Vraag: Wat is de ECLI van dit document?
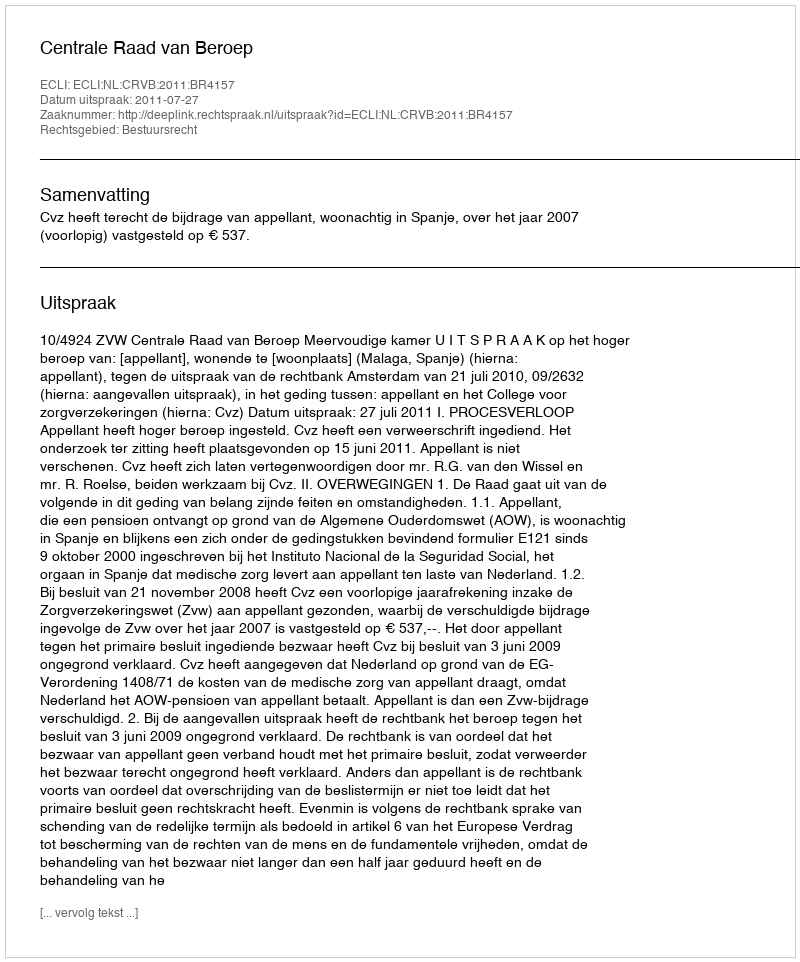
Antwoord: ECLI:NL:CRVB:2011:BR4157